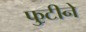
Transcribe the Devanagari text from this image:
फुटीने